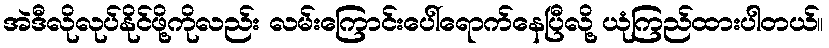
အဲဒီလိုလုပ်နိုင်ဖို့ကိုလည်း လမ်းကြောင်းပေါ်ရောက်နေပြီလို့ ယုံကြည်ထားပါတယ်။